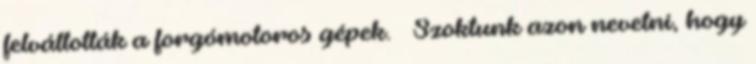
felváltották a forgómotoros gépek. – Szoktunk azon nevetni, hogy